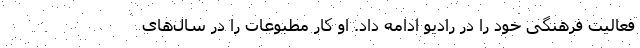
فعالیت فرهنگی خود را در رادیو ادامه داد. او کار مطبوعات را در سال‌های